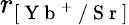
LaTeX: r_{[\mathrm{~Y~b~}^{+}\mathrm{~/~S~r~}]}